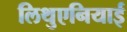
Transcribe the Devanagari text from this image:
लिथुएनियाई